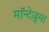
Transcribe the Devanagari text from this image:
मॉन्टेज़ूमा